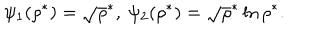
\psi _ { 1 } ( \rho ^ { * } ) = \sqrt \rho ^ { * } , \ \psi _ { 2 } ( \rho ^ { * } ) = \sqrt \rho ^ { * } \ln \rho ^ { * } .